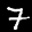
Label: 7